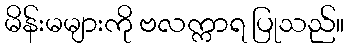
မိန်းမများကို ဗလက္ကာရ ပြုသည်။